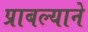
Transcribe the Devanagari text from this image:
प्राबल्याने